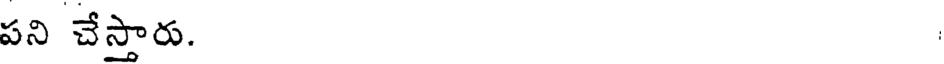
పని చేస్తారు.